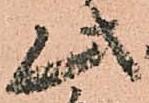
此